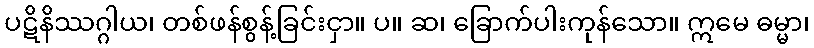
ပဋိနိဿဂ္ဂါယ၊ တစ်ဖန်စွန့်ခြင်းငှာ။ ပ။ ဆ၊ ခြောက်ပါးကုန်သော။ ဣမေ ဓမ္မာ၊